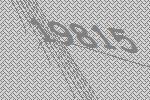
19815